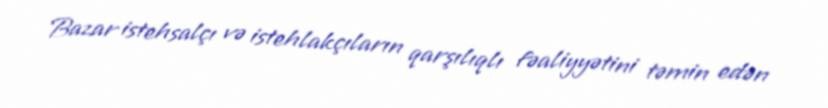
Bazar istehsalçı və istehlakçıların qarşılıqlı fəaliyyətini təmin edən